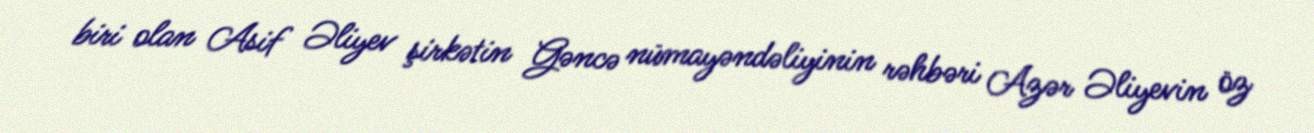
biri olan Asif Əliyev şirkətin Gəncə nümayəndəliyinin rəhbəri Azər Əliyevin öz